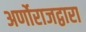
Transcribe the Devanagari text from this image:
अर्णोराजद्वारा